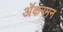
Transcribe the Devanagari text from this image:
ॲकरमन